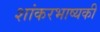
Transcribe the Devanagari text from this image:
शांकरभाष्यकी